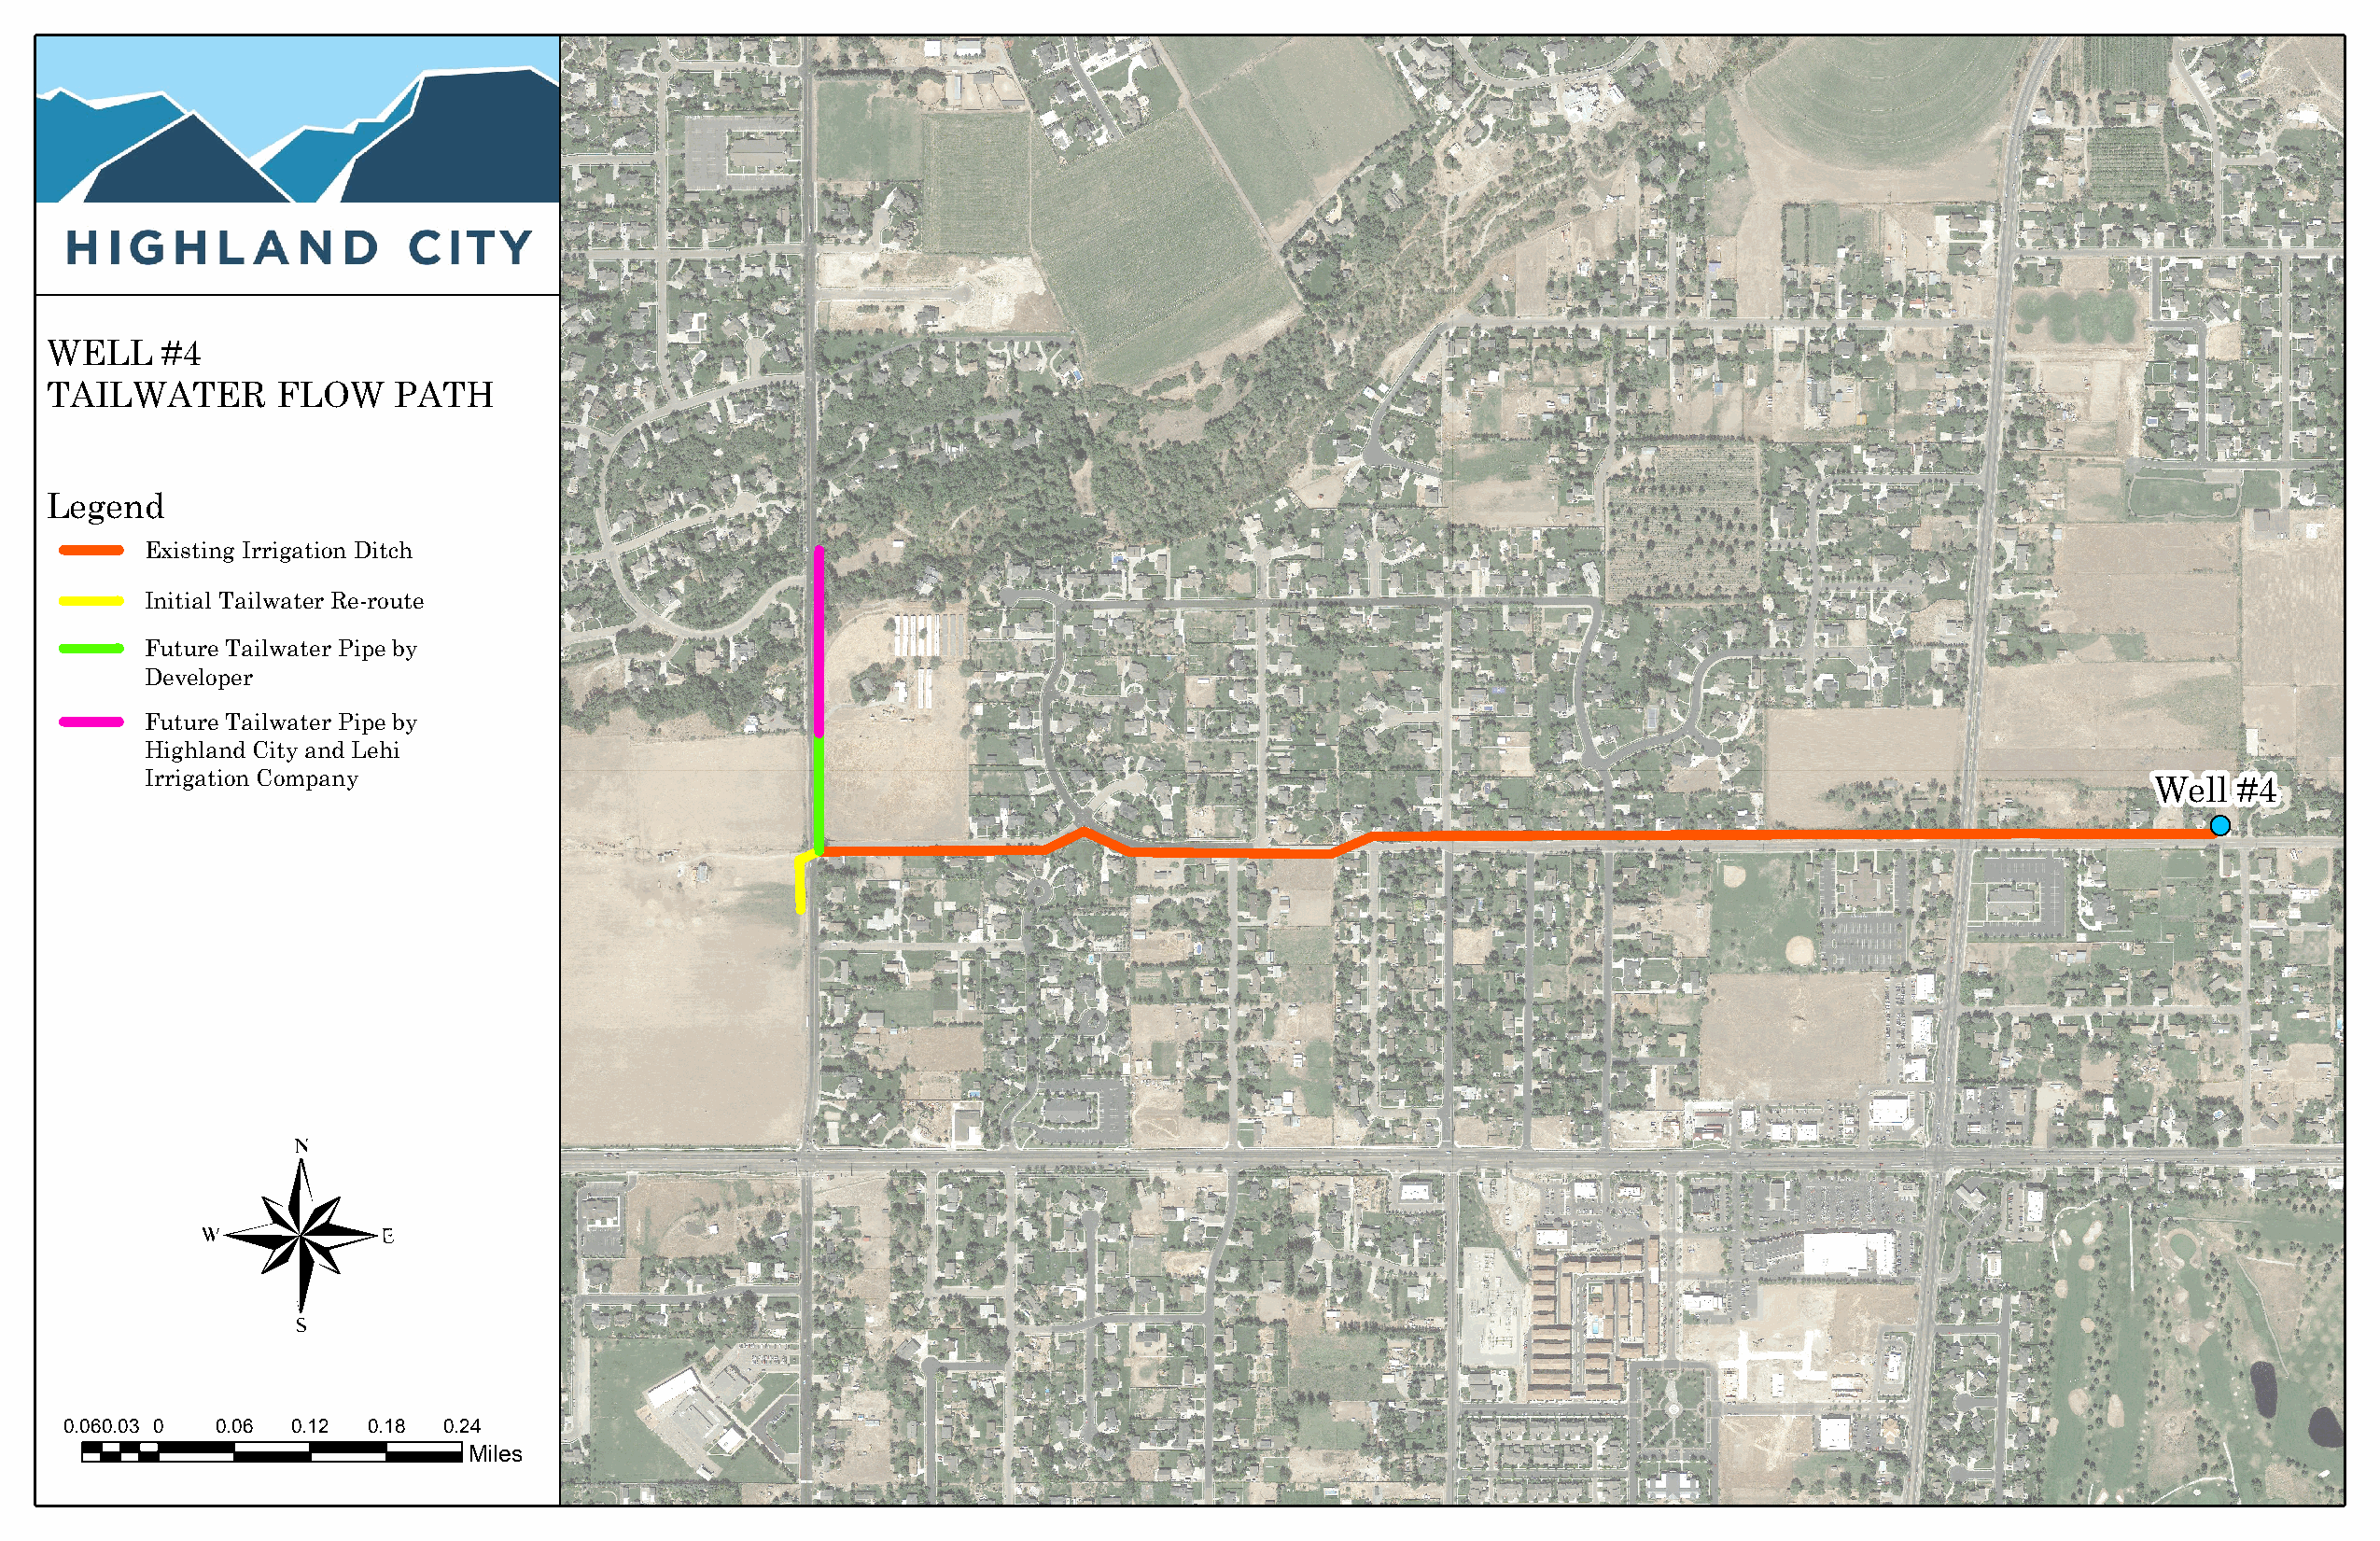
WELL     #4
 TAILWATER        FLOW    PATH
 Legend
 Existing Irrigation Ditch
 Initial Tailwater Re-route
 Future Tailwater Pipe by
 Developer
 Future Tailwater Pipe by
 Highland City and Lehi
 Irrigation Company
 Well  #4
 0.060.03 0 0.06  0.12 0.18 0.24
 Miles